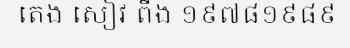
តេង សៀវ ពីង ១៩៧៨១៩៨៩